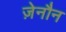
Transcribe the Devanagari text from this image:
ज़ेनौन